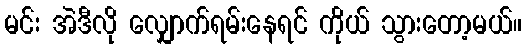
မင်း အဲဒီလို လျှောက်ရမ်းနေရင် ကိုယ် သွားတော့မယ်။